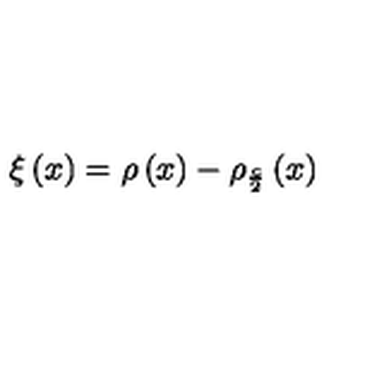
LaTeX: \xi \left( x \right) = \rho \left( x \right) - \rho _ { \frac { c } { 2 } } \left( x \right)